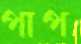
পাপ